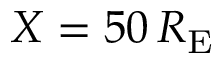
X = 5 0 \, R _ { \mathrm { E } }